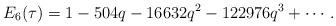
LaTeX: \begin{align*}E_6(\tau)=1-504q-16632q^2-122976q^3+\cdots.\end{align*}